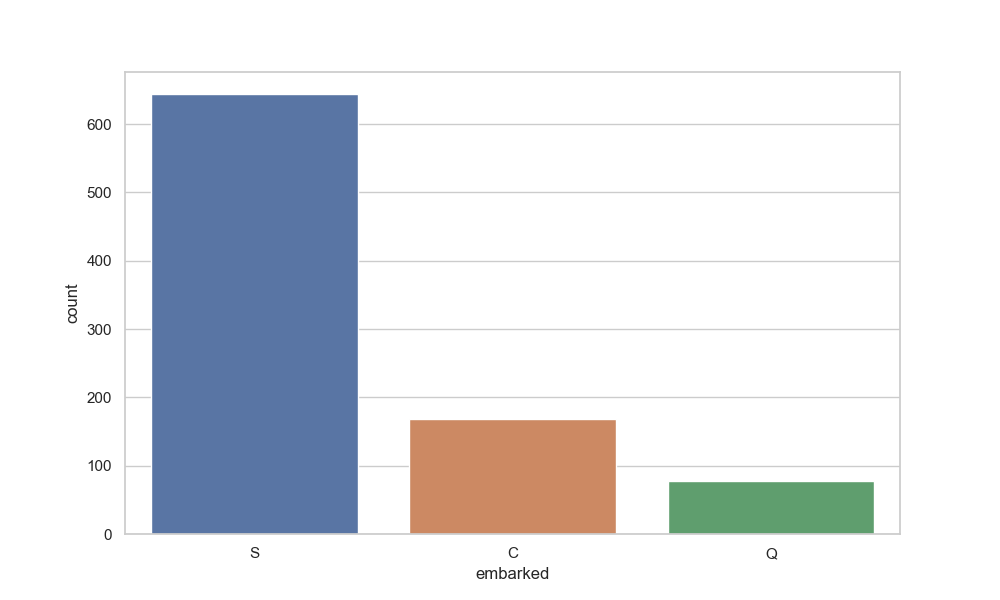
python, seaborn, countplot, x='embarked', palette='deep', hue='None'